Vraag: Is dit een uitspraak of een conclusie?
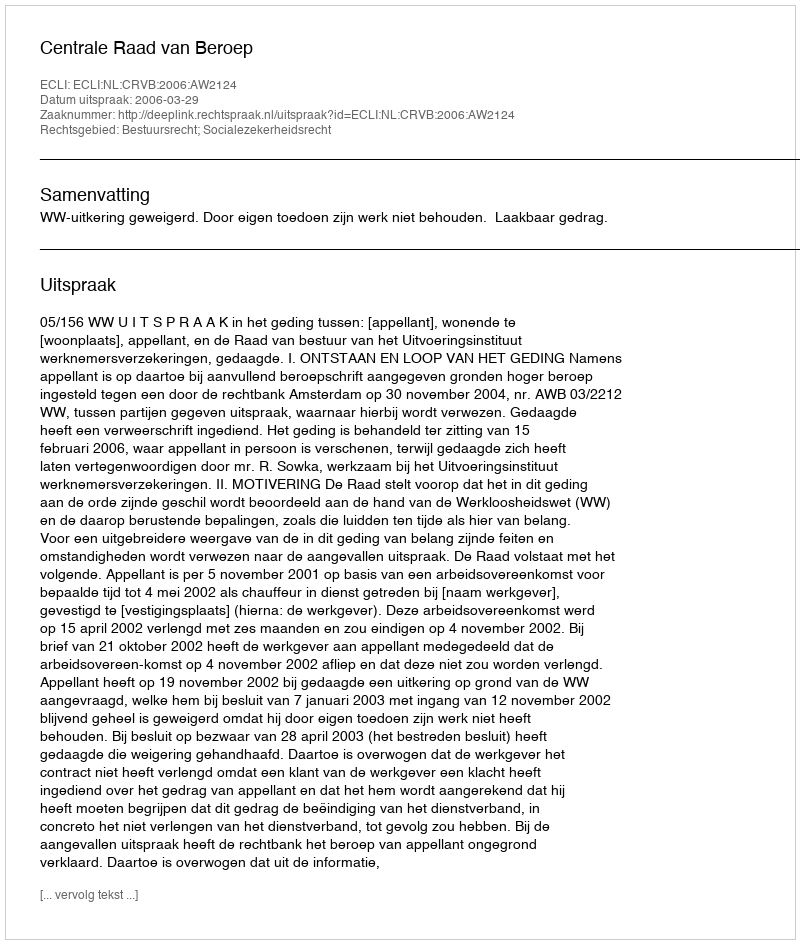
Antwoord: Uitspraak